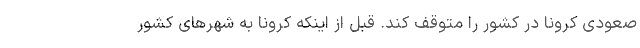
صعودی کرونا در کشور را متوقف کند. قبل از اینکه کرونا به شهرهای کشور